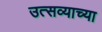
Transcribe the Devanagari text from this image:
उत्सव्याच्या